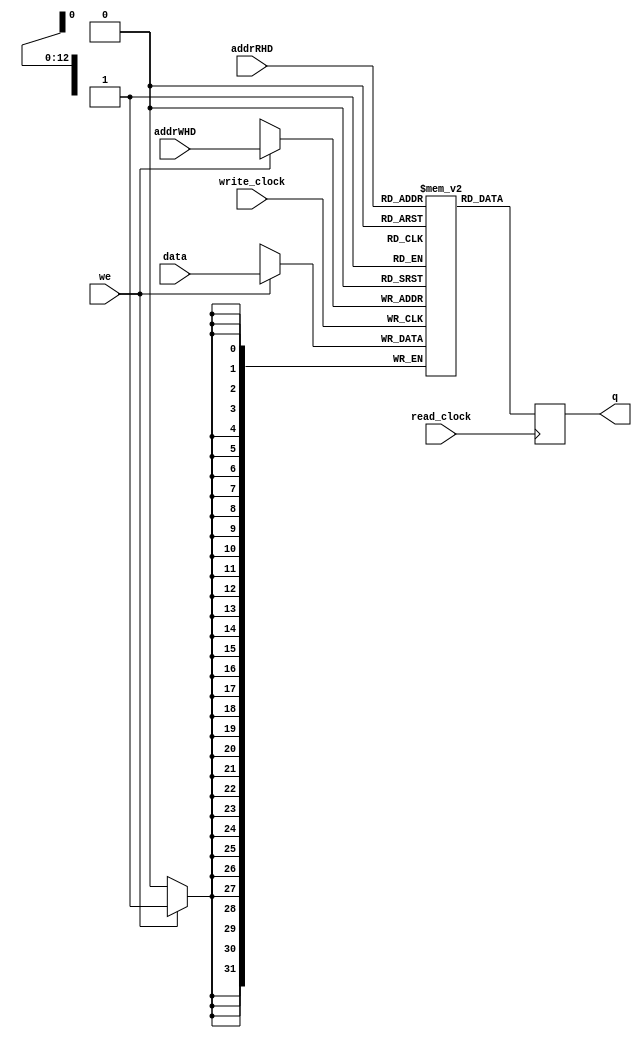

module HardDisk
#(parameter DATA_WIDTH=32, parameter ADDR_WIDTH=13) // 8 = 256; 9 = 512; 10 = 1024;
(
	input [(DATA_WIDTH-1):0] data,
	input [(ADDR_WIDTH-1):0] addrRHD, addrWHD,
	input we, read_clock, write_clock,
	output reg [(DATA_WIDTH-1):0] q
);	
	// Declare the RAM variable
	reg [DATA_WIDTH-1:0] HD[2**ADDR_WIDTH-1:0];
	
	
	initial begin	
	//FIBONACCI
HD[0] = { 6'd21, 16'd29, 10'd0 };
HD[1] = { 6'd12, 5'd1, 16'd0, 5'd0 };
HD[2] = { 6'd14, 5'd1, 16'd2, 5'd0 };
HD[3] = { 6'd12, 5'd1, 16'd0, 5'd0 };
HD[4] = { 6'd14, 5'd1, 16'd3, 5'd0 };
HD[5] = { 6'd12, 5'd1, 16'd1, 5'd0 };
HD[6] = { 6'd14, 5'd1, 16'd4, 5'd0 };
HD[7] = { 6'd12, 5'd1, 16'd0, 5'd0 };
HD[8] = { 6'd14, 5'd1, 16'd5, 5'd0 };
HD[9] = { 6'd11, 5'd1, 16'd2, 5'd0 };
HD[10] = { 6'd11, 5'd2, 16'd1, 5'd0 };
HD[11] = { 6'd7, 5'd10, 5'd1, 5'd2, 11'd0 };
HD[12] = { 6'd17, 5'd10, 5'd0, 16'd26};
HD[13] = { 6'd11, 5'd1, 16'd3, 5'd0 };
HD[14] = { 6'd11, 5'd2, 16'd4, 5'd0 };
HD[15] = { 6'd0, 5'd11, 5'd1, 5'd2, 11'd0 };
HD[16] = { 6'd14, 5'd11, 16'd5, 5'd0 };
HD[17] = { 6'd11, 5'd1, 16'd4, 5'd0 };
HD[18] = { 6'd14, 5'd1, 16'd3, 5'd0 };//
HD[19] = { 6'd11, 5'd1, 16'd5, 5'd0 };
HD[20] = { 6'd14, 5'd1, 16'd4, 5'd0 };
HD[21] = { 6'd11, 5'd1, 16'd2, 5'd0 };
HD[22] = { 6'd12, 5'd2, 16'd1, 5'd0 };
HD[23] = { 6'd0, 5'd12, 5'd1, 5'd2, 11'd0 };
HD[24] = { 6'd14, 5'd12, 16'd2, 5'd0 };
HD[25] = { 6'd21, 16'd9, 10'd0 };
HD[26] = { 6'd11, 5'd30, 16'd3, 5'd0 };
HD[27] = { 6'd11, 5'd31, 16'd0, 5'd0 };
HD[28] = { 6'd22, 5'd31, 21'd0 };
HD[29] = { 6'd25, 5'd13, 21'd0 };
HD[30] = { 6'd14, 5'd13, 16'd7, 5'd0 };
HD[31] = { 6'd11, 5'd1, 16'd7, 5'd0 };
HD[32] = { 6'd14, 5'd1, 16'd1, 5'd0 };
HD[33] = { 6'd12, 5'd1, 16'd36, 5'd0 };
HD[34] = { 6'd14, 5'd1, 16'd0, 5'd0 };
HD[35] = { 6'd21, 16'd1, 10'd0 };
HD[36] = { 6'd26, 5'd30, 21'd0 };
HD[37] = { 6'd24, 26'd0 };
	end
	
	always @ (posedge write_clock)
	begin
		// Write
		if (we)
		begin
			//addrWHD <= wsetor + (wtrilha * 1000);
			HD[addrWHD] <= data;			
		end
	end
	
	always @ (posedge read_clock)
	begin
		// Read 		
		//addrRHD <= rsetor + (rtrilha * 1000);
		q <= HD[addrRHD];
	end
	
endmodule

	

/*
// Quartus Prime Verilog Template
// Simple Dual Port RAM with separate read/write addresses and
// separate read/write clocks

module simple_dual_port_ram_dual_clock
#(parameter DATA_WIDTH=8, parameter ADDR_WIDTH=6)
(
	input [(DATA_WIDTH-1):0] data,
	input [(ADDR_WIDTH-1):0] read_addr, write_addr,
	input we, read_clock, write_clock,
	output reg [(DATA_WIDTH-1):0] q
);
	
	// Declare the RAM variable
	reg [DATA_WIDTH-1:0] ram[2**ADDR_WIDTH-1:0];
	
	always @ (posedge write_clock)
	begin
		// Write
		if (we)
			ram[write_addr] <= data;
	end
	
	always @ (posedge read_clock)
	begin
		// Read 
		q <= ram[read_addr];
	end
	
endmodule

*/

/*

module DataMemory(
	dataIn	    , 
	address	    , 
	wsign		, 
	clock		, 
	dataOut
);

	input[31:0] dataIn;
	input wsign;
	input clock;
	input[31:0] address;
	
	output[31:0] dataOut;

	//Variable RAM
	reg [31:0] RAM[127:0]; //128 address
	
	//escrita da memoria
	always@(posedge clock) begin
	
		if(wsign) begin
			RAM[address] = dataIn;
		end 
		
	end
	
	//Leitura da memoria
	assign dataOut = RAM[address];
	
endmodule 
*/